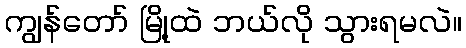
ကျွန်တော် မြို့ထဲ ဘယ်လို သွားရမလဲ။